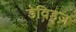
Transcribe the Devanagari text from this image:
डेविड्ज़